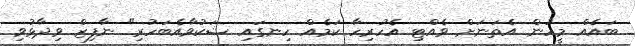
ބައެއް މީހުން އެތަނަށް ވެއްޓި އެހުރިހާ ކަމެއް ހިނގައި ޝަކުވާއެބަހުރި" ނާފިޒް ވިދާޅުވި